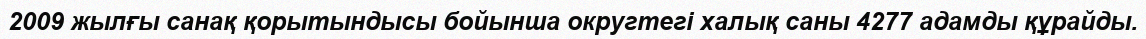
2009 жылғы санақ қорытындысы бойынша округтегі халық саны 4277 адамды құрайды.